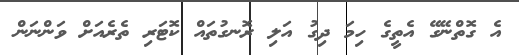
އެ ގޮތްނޭގޭ އެތީގެ ހިމަ ދިގު އަލި ރޮނގުތައް ކޮޓަރި ތެރެއަށް ވަންނަން